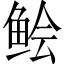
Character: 鲙